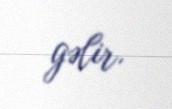
gəlir.